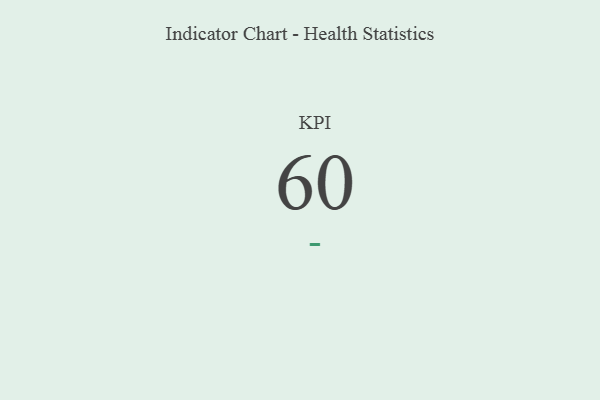
{"axis": {"x": "KPI", "y": "Value"}, "legend": [""], "data": [{"x": "KPI", "y": 60, "type": ""}]}